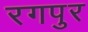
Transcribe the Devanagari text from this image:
रगपुर